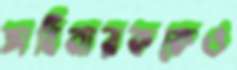
অধিনায়ককেও